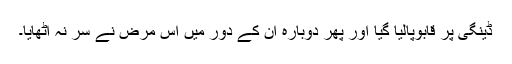
ڈینگی پر قابوپالیا گیا اور پھر دوبارہ اُن کے دور میں اس مرض نے سر نہ اُٹھایا۔